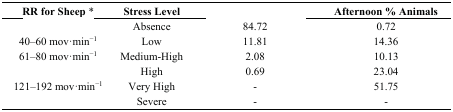
<table><thead><tr><td><b>RR for Sheep *</b></td><td><b>Stress Level</b></td><td>[EMPTY_CELL]</td><td><b>Afternoon % Animals</b></td></tr></thead><tbody><tr><td>[EMPTY_CELL]</td><td>Absence</td><td>84.72</td><td>0.72</td></tr><tr><td>40–60 mov·min<sup>−1</sup></td><td>Low</td><td>11.81</td><td>14.36</td></tr><tr><td>61–80 mov·min<sup>−1</sup></td><td>Medium-High</td><td>2.08</td><td>10.13</td></tr><tr><td>[EMPTY_CELL]</td><td>High</td><td>0.69</td><td>23.04</td></tr><tr><td>121–192 mov·min<sup>−1</sup></td><td>Very High</td><td>-</td><td>51.75</td></tr><tr><td>[EMPTY_CELL]</td><td>Severe</td><td>-</td><td>-</td></tr></tbody></table>